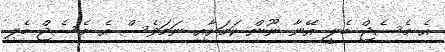
އެ މެސެޖް ބެލީ އޭނާ ނޫން ކަމަށާއި ނަމަވެސް އެ މެސެޖް ބެލި